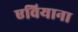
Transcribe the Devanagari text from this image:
एवियाना